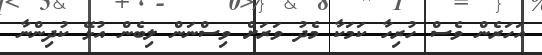
އަހަރެން ވެސް ހުރިހާ ކަމަކާ މެދު ވަރަށް ވިސްނަން ލިބެން އުޅޭ ކުދިންނާ